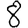
Digit: 8